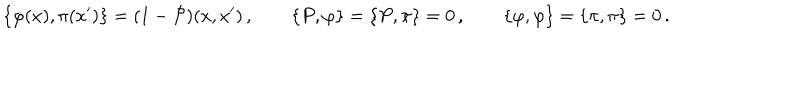
LaTeX: \left\{ \varphi ( x ) , \pi ( x ^ { \prime } ) \right\} = ( 1 - { \cal P } ) ( x , x ^ { \prime } ) \, , \qquad \left\{ P , \varphi \right\} = \left\{ P , \pi \right\} = 0 \, , \qquad \left\{ \varphi , \varphi \right\} = \left\{ \pi , \pi \right\} = 0 \, .